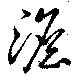
澹